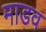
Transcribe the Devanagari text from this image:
माडव